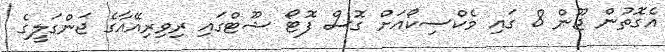
އެގޮތުން ޖޫން 8 ގައި މެކްސިކޯއަށް ގޮސް ފޮޓޯ ޝޫޓްގައިި ރިވިރިއޭއާގެ ޖަންގަލީގެ